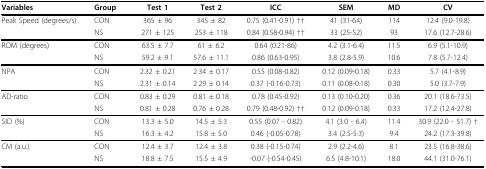
<table><thead><tr><td><b>Variables</b></td><td><b>Group</b></td><td><b>Test 1</b></td><td><b>Test 2</b></td><td><b>ICC</b></td><td><b>SEM</b></td><td><b>MD</b></td><td><b>CV</b></td></tr></thead><tbody><tr><td>Peak Speed (degrees/s)</td><td>CON</td><td>365 ± 96</td><td>345 ± 82</td><td>0.75 (0.41-0.91) ††</td><td>41 (31-64)</td><td>114</td><td>12.4 (9.0-19.8)</td></tr><tr><td>[EMPTY_CELL]</td><td>NS</td><td>271 ± 125</td><td>253 ± 118</td><td>0.84 (0.58-0.94) ††</td><td>33 (25-52)</td><td>93</td><td>17.6 (12.7-28.6)</td></tr><tr><td>ROM (degrees)</td><td>CON</td><td>63.5 ± 7.7</td><td>61 ± 6.2</td><td>0.64 (0.21-86)</td><td>4.2 (3.1-6.4)</td><td>11.5</td><td>6.9 (5.1-10.9)</td></tr><tr><td>[EMPTY_CELL]</td><td>NS</td><td>59.2 ± 9.1</td><td>57.6 ± 11.1</td><td>0.86 (0.63-0.95)</td><td>3.8 (2.8-5.9)</td><td>10.6</td><td>7.8 (5.7-12.4)</td></tr><tr><td>NPA</td><td>CON</td><td>2.32 ± 0.21</td><td>2.34 ± 0.17</td><td>0.55 (0.08-0.82)</td><td>0.12 (0.09-0.18)</td><td>0.33</td><td>5.7 (4.1-8.9)</td></tr><tr><td>[EMPTY_CELL]</td><td>NS</td><td>2.31 ± 0.14</td><td>2.29 ± 0.14</td><td>0.37 (-0.16-0.73)</td><td>0.11 (0.08-0.18)</td><td>0.30</td><td>5.0 (3.7-7.9)</td></tr><tr><td>AD-ratio</td><td>CON</td><td>0.83 ± 0.29</td><td>0.81 ± 0.18</td><td>0.78 (0.45-0.92)</td><td>0.13 (0.10-0.20)</td><td>0.36</td><td>20.1 (18.6-73.5)</td></tr><tr><td>[EMPTY_CELL]</td><td>NS</td><td>0.81 ± 0.28</td><td>0.76 ± 0.28</td><td>0.79 (0.48-0.92) ††</td><td>0.12 (0.09-0.18)</td><td>0.33</td><td>17.2 (12.4-27.8)</td></tr><tr><td>SID (%)</td><td>CON</td><td>13.3 ± 5.0</td><td>14.5 ± 5.3</td><td>0.55 (0.07 - 0.82)</td><td>4.1 (3.0 - 6.4)</td><td>11.4</td><td>30.9 (22.0 - 51.7) †</td></tr><tr><td>[EMPTY_CELL]</td><td>NS</td><td>16.3 ± 4.2</td><td>15.8 ± 5.0</td><td>0.46 (-0.05-0.78)</td><td>3.4 (2.5-5.3)</td><td>9.4</td><td>24.2 (17.3-39.8)</td></tr><tr><td>CM (a.u.)</td><td>CON</td><td>12.4 ± 3.7</td><td>12.4 ± 3.8</td><td>0.38 (-0.15-0.74)</td><td>2.9 (2.2-4.6)</td><td>8.1</td><td>23.5 (16.8-38.6)</td></tr><tr><td>[EMPTY_CELL]</td><td>NS</td><td>18.8 ± 7.5</td><td>15.5 ± 4.9</td><td>-0.07 (-0.54-0.45)</td><td>6.5 (4.8-10.1)</td><td>18.0</td><td>44.1 (31.0-76.1)</td></tr></tbody></table>